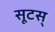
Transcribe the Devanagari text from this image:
सूटस्